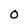
Character: 0